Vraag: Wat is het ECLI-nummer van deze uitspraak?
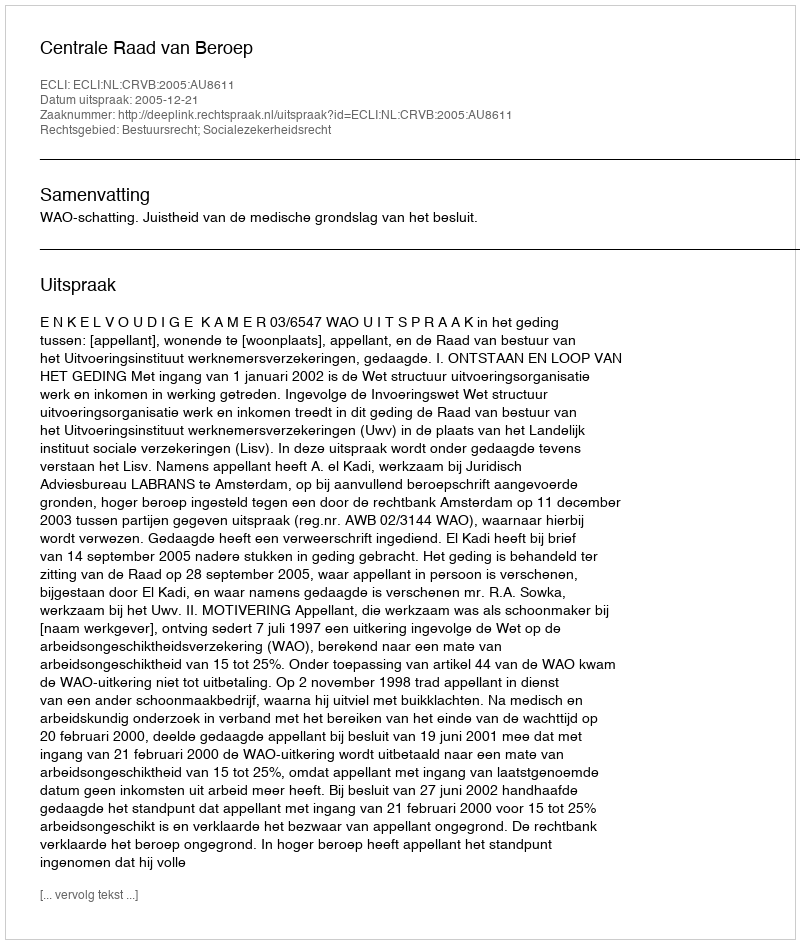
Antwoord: ECLI:NL:CRVB:2005:AU8611